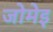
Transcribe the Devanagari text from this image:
जोमेइ